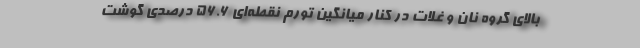
بالاي گروه نان و غلات در كنار ميانگين تورم نقطه‌اي 56.6 درصدي گوشت